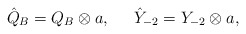
\begin{align*}\hat{Q}_B=Q_B\otimes a,\;\;\;\;\;\hat{Y}_{-2}=Y_{-2}\otimes a,\end{align*}